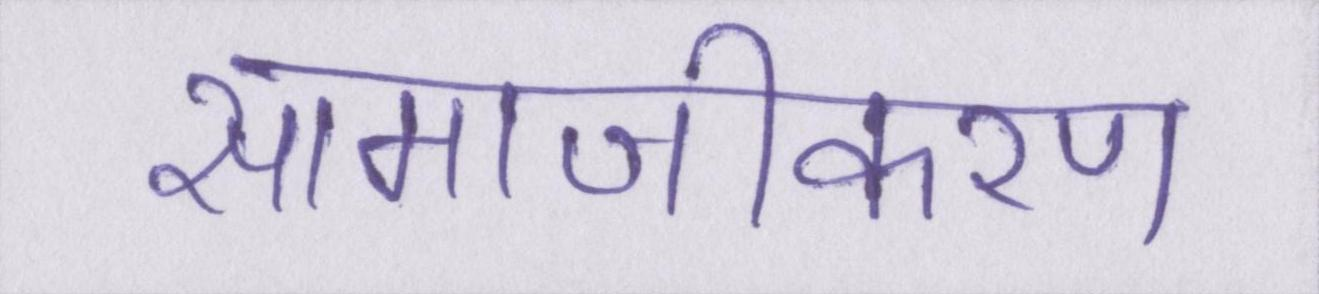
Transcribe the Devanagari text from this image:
सामाजीकरण